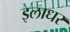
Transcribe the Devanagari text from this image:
इलाधर